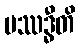
ပဿဒ္ဓီတိ